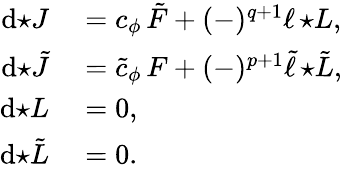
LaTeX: \begin{array}{rl}{\mathrm{d}{\star J}}&{{}=c_{\phi}\, \tilde{F}+(-)^{q+1}\ell\, {\star L},}\\ {\mathrm{d}{\star\tilde{J}}}&{{}=\tilde{c}_{\phi}\, F+(-)^{p+1}\tilde{\ell}\, {\star\tilde{L}},}\\ {\mathrm{d}{\star L}}&{{}=0,}\\ {\mathrm{d}{\star\tilde{L}}}&{{}=0.}\end{array}